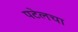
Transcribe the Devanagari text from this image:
पटेलचा